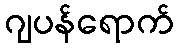
ဂျပန်ရောက်